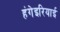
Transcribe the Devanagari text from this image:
हंगेइरियाई